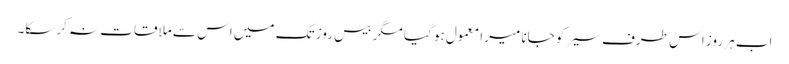
اب ہر روز اس طرف سیر کو جانا میرا معمول ہو گیا مگر بیس روز تک میں اس سے ملاقات نہ کرسکا۔